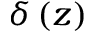
\delta \left( z \right)